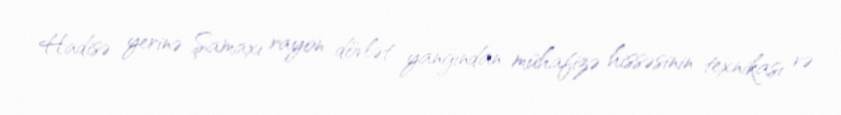
Hadisə yerinə Şamaxı rayon dövlət yanğından mühafizə hissəsinin texnikası və